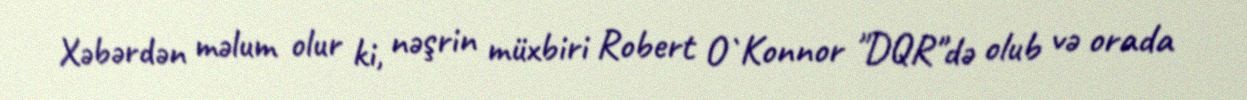
Xəbərdən məlum olur ki, nəşrin müxbiri Robert O`Konnor "DQR"də olub və orada